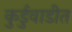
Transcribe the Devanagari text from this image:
कुर्डुवाडीत